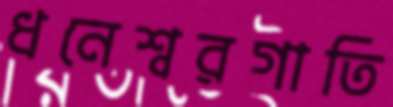
ধনেশ্বরগাতি